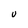
Character: U